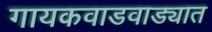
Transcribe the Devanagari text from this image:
गायकवाडवाड्यात